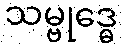
သမ္ဗုဒ္ဓေ